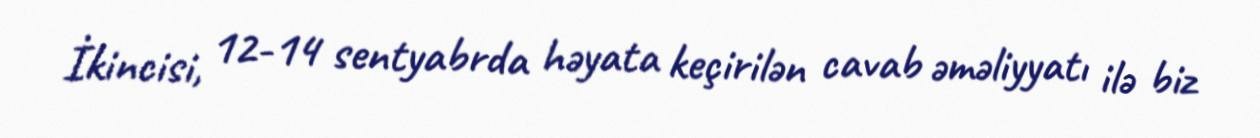
İkincisi, 12-14 sentyabrda həyata keçirilən cavab əməliyyatı ilə biz